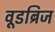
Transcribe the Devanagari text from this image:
वूडब्रिज